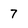
Character: 7